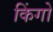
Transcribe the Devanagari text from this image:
किंगो